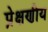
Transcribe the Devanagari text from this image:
प्रे़क्षणीय